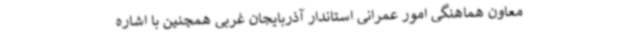
معاون هماهنگی امور عمرانی استاندار آذربایجان غربی همچنین با اشاره